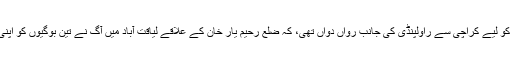
یہ ٹرین مسافروں کو لیے کراچی سے راولپنڈی کی جانب رواں دواں تھی، کہ ضلع رحیم یار خان کے علاقے لیاقت آباد میں آگ نے تین بوگیوں کو اپنی لپیٹ میں لے لیا۔